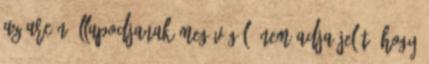
az arcán állapodjanak meg végül. Nem adja jelét, hogy